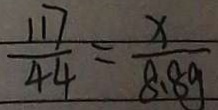
\frac { 1 1 7 } { 4 4 } = \frac { x } { 8 . 8 g }